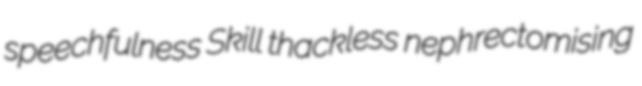
speechfulness Skill thackless nephrectomising